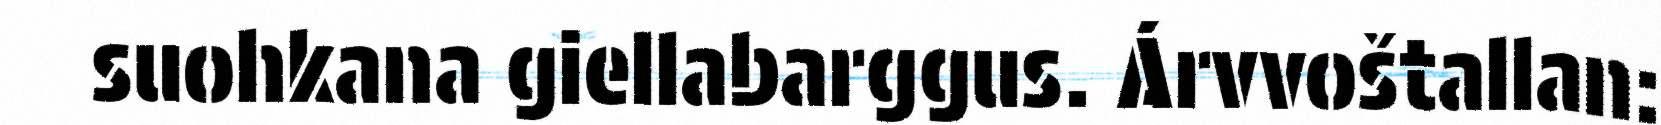
suohkana giellabarggus. Árvvoštallan: